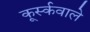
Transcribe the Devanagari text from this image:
कूर्स्कवाले